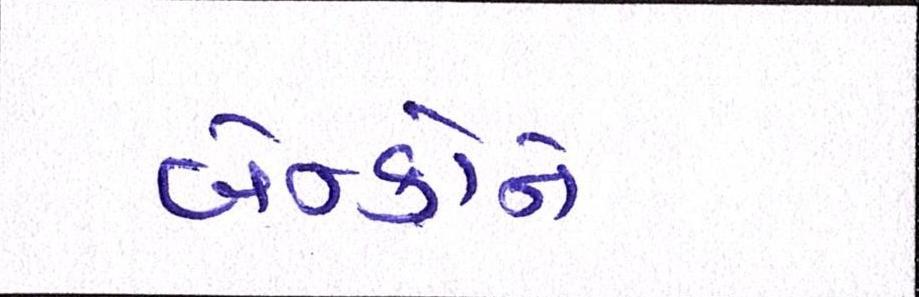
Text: બેન્કોને